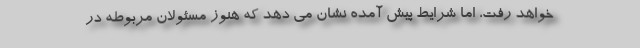
خواهد رفت، اما شرایط پیش آمده نشان می دهد که هنوز مسئولان مربوطه در